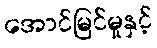
အောင်မြင်မှုနှင့်